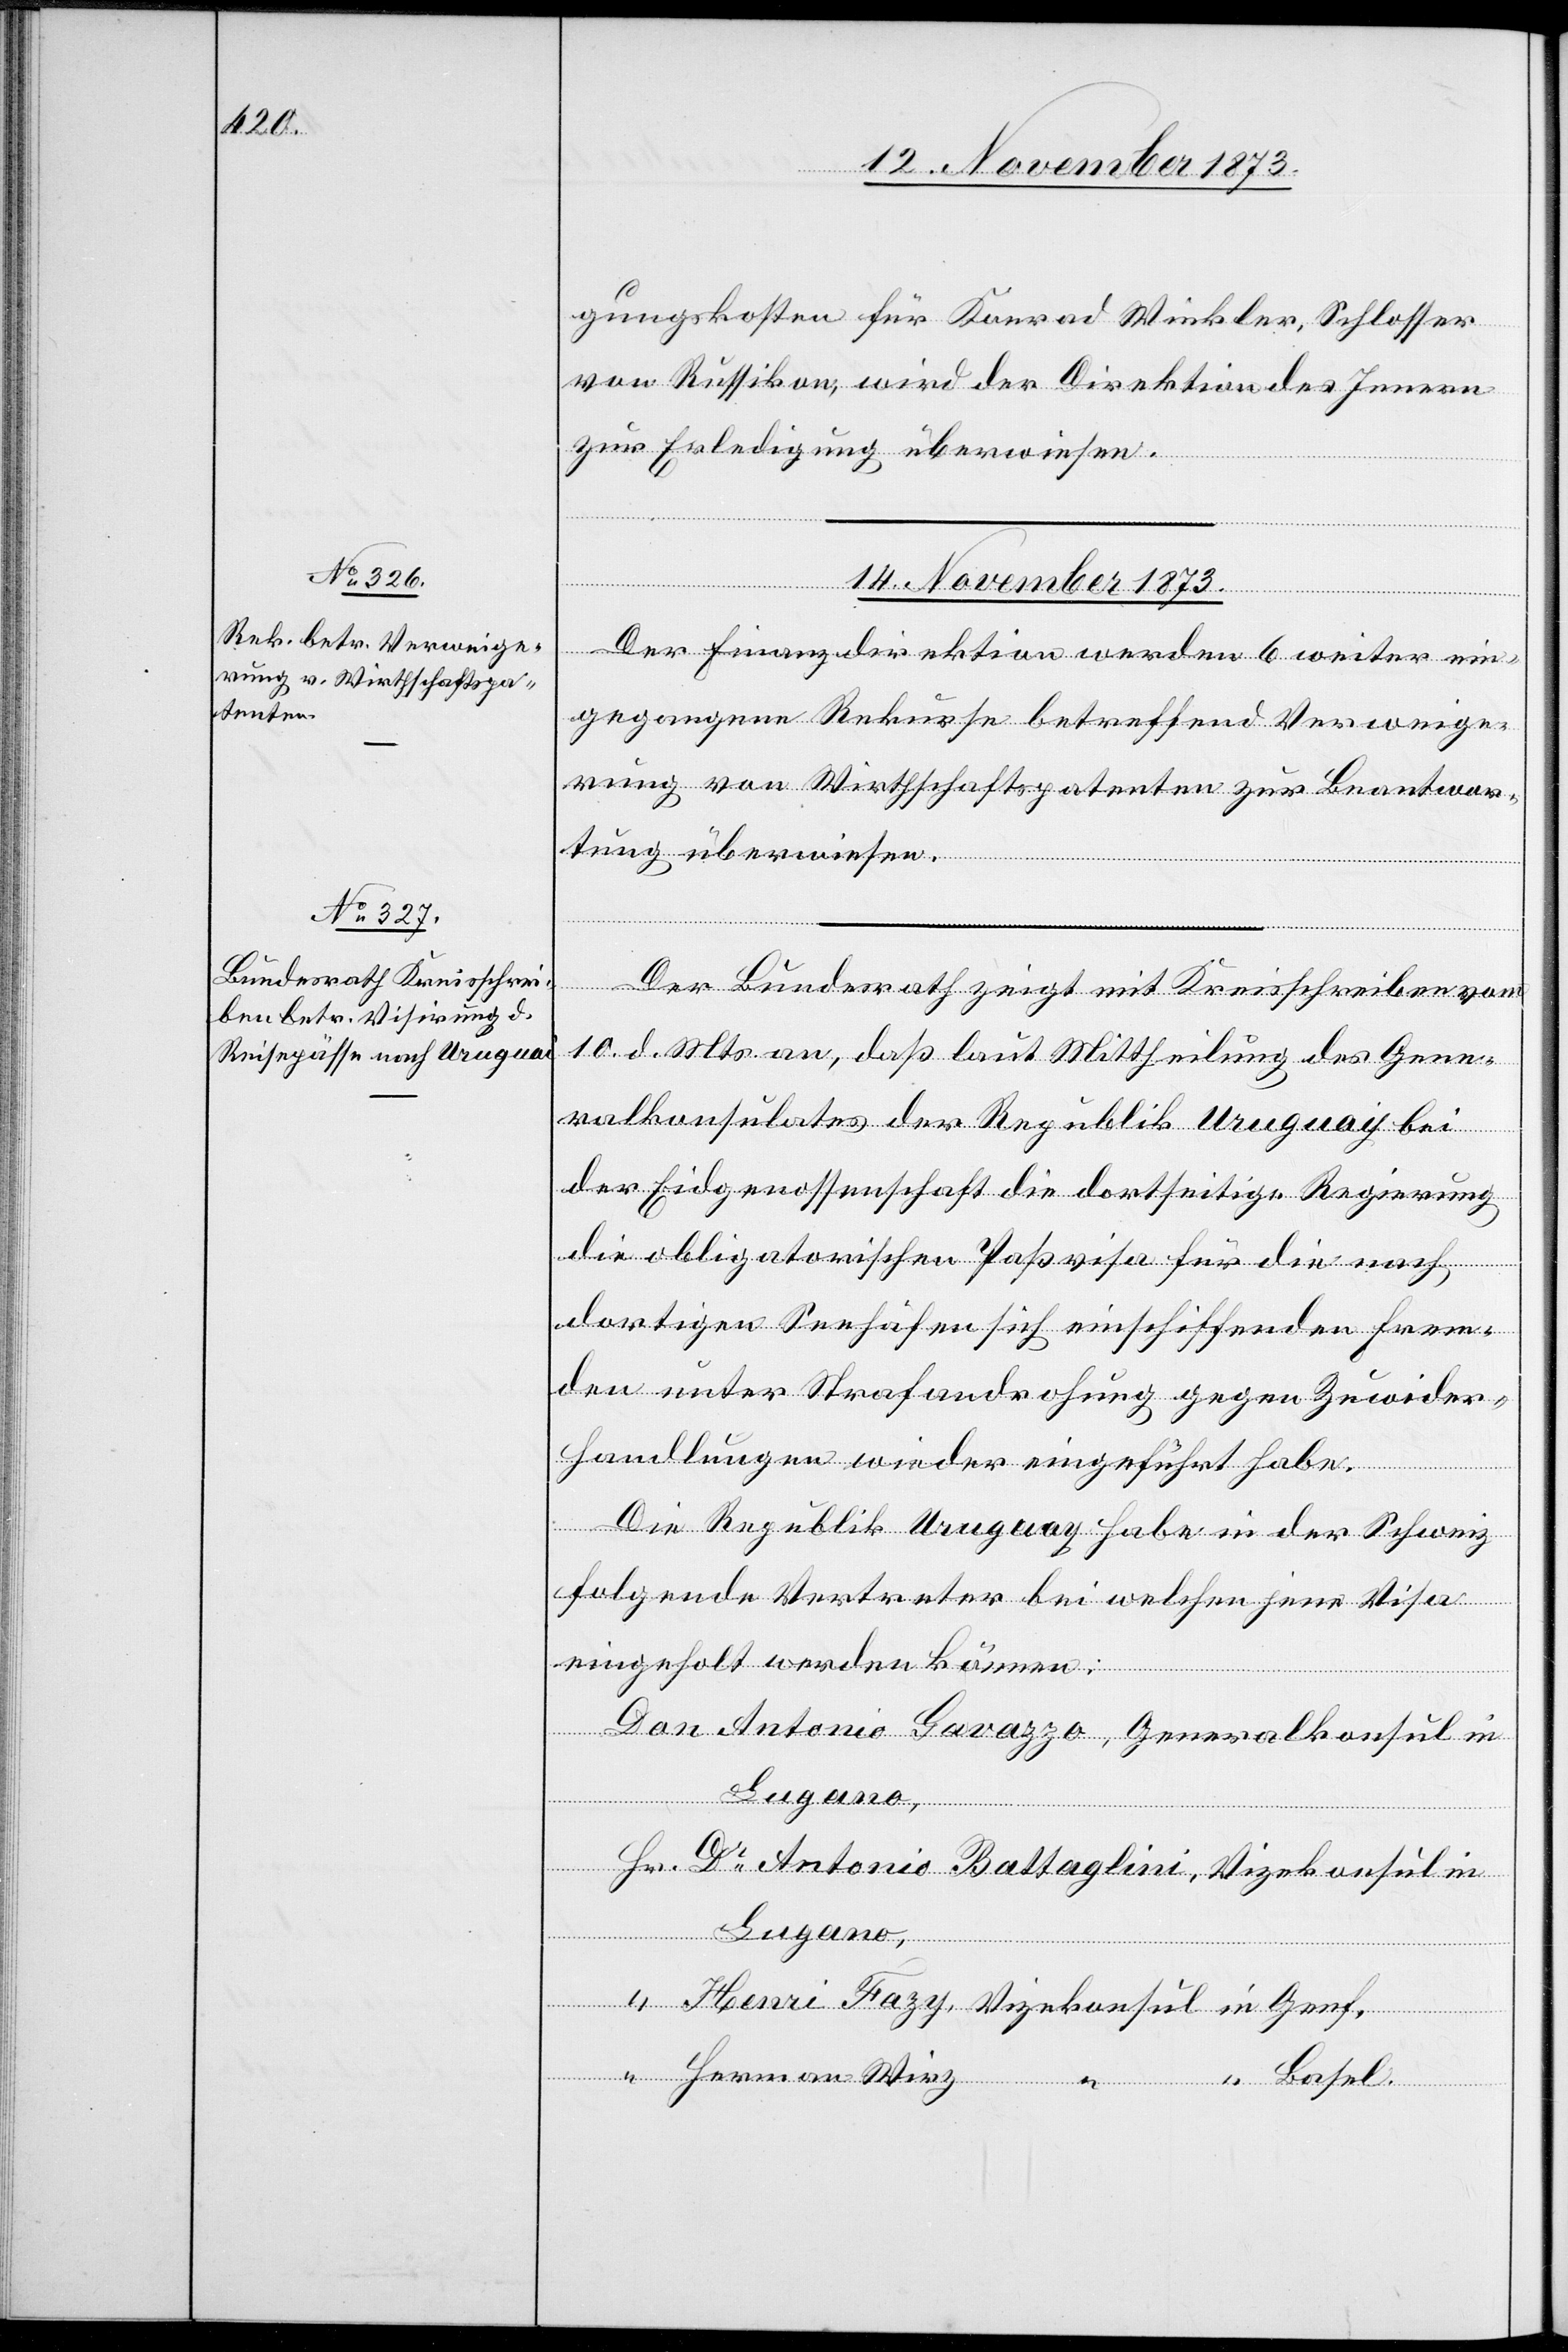
14. November 1873.]
gungskosten für Konrad Winkler, Schlosser
von Russikon, wird der Direktion des Innern
zur Erledigung überwiesen.
Der Finanzdirektion werden 6 weiter ein¬
gegangene Rekurse betreffend Verweige¬
rung von Wirthschaftspatenten zur Beantwor¬
tung überwiesen.
Der Bundesrath zeigt mit Kreisschreiben vom
10. d. Mts. an, daß laut Mittheilung des Gene¬
ralkonsulates der Republik Uruguay [sic!] bei
der Eidgenossenschaft die dortseitige Regierung
die obligatorischen Paßvisa für die nach
dortigen Seehäfen sich einschiffenden Frem¬
den unter Strafandrohung gegen Zuwider¬
handlungen wieder eingeführt habe.
Die Republik Uruguay habe in der Schweiz
folgende Vertreter bei welchen jene Visa
eingeholt werden können:
Don Antonio Gavazzo, Generalkonsul in
Hr. Dr Antonio Battaglini, Vizekonsul in
Lugano,
“ Henri Fazy, Vizekonsul in Genf,
“ Herman Wirz
“ “ Basel.